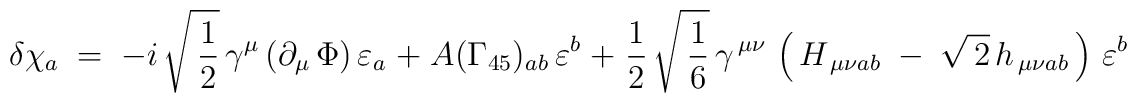
\delta \chi_a\;=\;-i\,\sqrt{\,\frac{1}{2}}\,\gamma^{\mu}\,(\partial_{\mu}\, \Phi)\,\varepsilon_a\;+\;A(\Gamma_{45})_{ab}\, \varepsilon^b\;+\;\frac{1}{2}\,\sqrt{\,\frac{1}{6}}\,\gamma^{\, \mu\nu}\,\left(\,H_{\,\mu \nu a b}\;-\;\sqrt{\,2}\,h_{\,\mu \nu a b}\,\right)\,\varepsilon^b